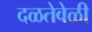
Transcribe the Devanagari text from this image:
दळतेवेळी